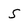
Character: 5